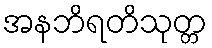
အနဘိရတိသုတ္တ